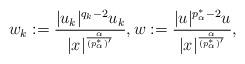
LaTeX: \begin{align*}w_k:=\frac{|u_k|^{q_k-2}u_k}{|x|^{\frac{\alpha}{(p^*_\alpha)'}}},w:=\frac{|u|^{p^*_\alpha-2}u}{|x|^{\frac{\alpha}{(p^*_\alpha)'}}},\end{align*}